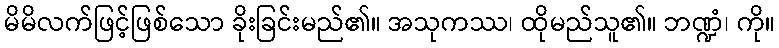
မိမိလက်ဖြင့်ဖြစ်သော ခိုးခြင်းမည်၏။ အသုကဿ၊ ထိုမည်သူ၏။ ဘဏ္ဍံ၊ ကို။